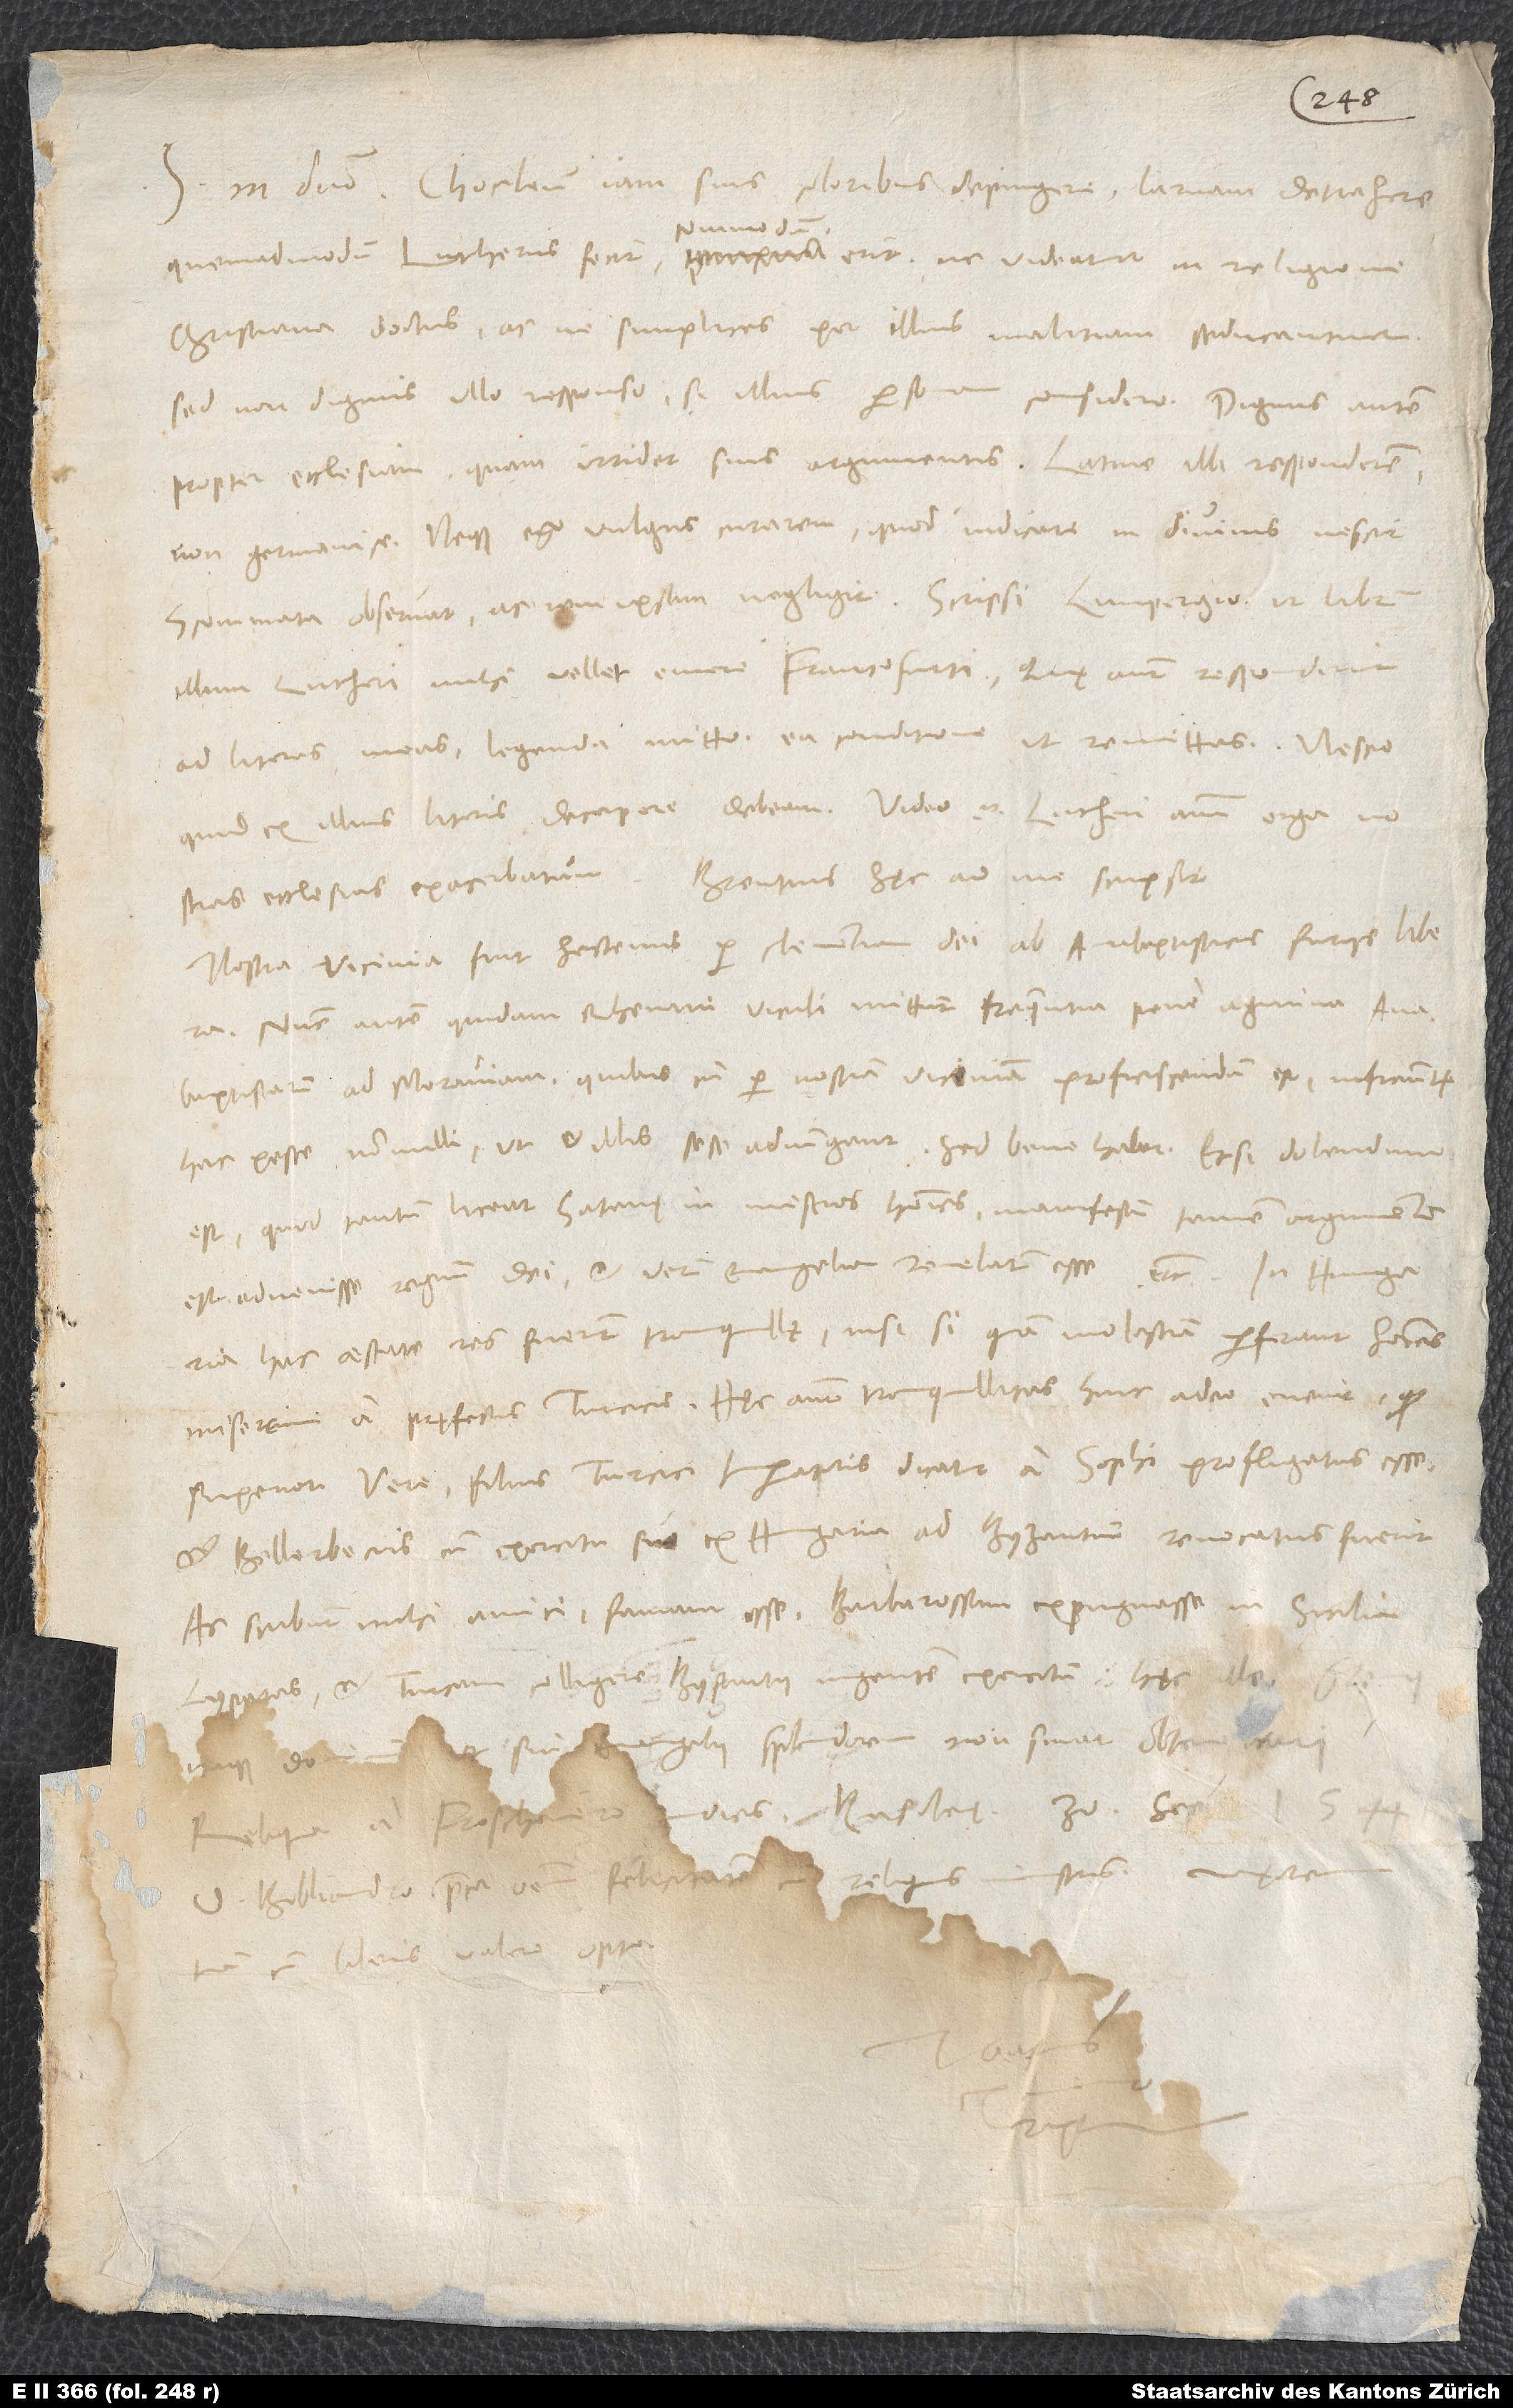
quemadmodum Lutherus fecit, commodum erit, ne videatur in religione
christiana doctus ac ne simplices per illius malitiam seducantur;
sed non dignus ullo responso, si illius personam considero, dignus autem
propter ecclesiam, quam irridet suis argumentis. Latine illi responderem,
non Germanice, neque ego vulgus curarem, quod iudicare in divinis nescit,
illum Lutheri mihi vellet emere Francofurti; quę autem responderit
ad literas meas, legenda mitto ea conditione, ut remittas. Nescio,
quid ex illius literis decerpere debeam; video enim Lutheri animum erga nostras
„Nostra vicinia fuit hactenus per clementiam dei ab anabaptisticis furiis libera;
nunc autem quidam Rhenani viculi mittunt frequentia pene agmina
anabaptistarum ad Moraviam, quibus, cum per nostram viciniam proficiscendum est, inficiuntur
hac peste nonnulli, ut et illis sese adiungant. Sed bene habet; etsi dolendum
est, quod tantum liceat satanę in miseros homines, manifestum tamen argumentum
est advenisse regnum dei et verum evangelium revelatum esse, etc. In Hungaria
hac aestate res fuerunt tranquillę, nisi si quam molestiam perferant homines
miserrimi a pręfectis Turcicis. Hęc autem tranquillitas hinc adeo evenit, quod
superiori vere filius Turcici imperatoris dicatur a Sophi profligatus esse
et Bellerbecus cum exercitu suo ex Hungaria ad Byzantium revocatus fuerit.
Ac scribunt mihi amici famam esse Barbarossam expugnasse in Sicilia
Lyparas et Turcam colligere Byzantii ingentem exercitum.“ Hęc ille.
itaque dominum, ut sui evangelii splendorem non sinat obscurari.
D. Bibliandro precor omnem felicitatem cum reliquis ministris. Uxorem
tuam cum liberis valere opto.